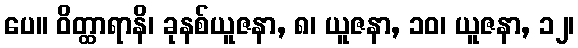
ပေ။ ဝိတ္ထာရာနိ၊ ခုနစ်ယူဇနာ, ၈၊ ယူဇနာ, ၁၀၊ ယူဇနာ, ၁၂၊